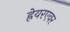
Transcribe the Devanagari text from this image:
ह्रेयरएवर